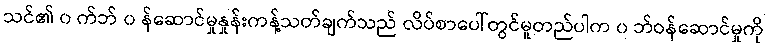
သင်၏ ၀ က်ဘ် ၀ န်ဆောင်မှုနှုန်းကန့်သတ်ချက်သည် လိပ်စာပေါ်တွင်မူတည်ပါက ၀ ဘ်ဝန်ဆောင်မှုကို